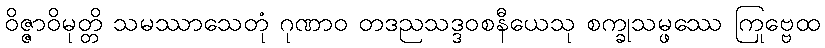
ဝိဇ္ဇာဝိမုတ္တိ သမဿာသေတုံ ဂုဏာဝ တဒညသဒ္ဒဝစနီယေသု စက္ခုသမ္ဖဿေ ကြုဗ္ဗေထ